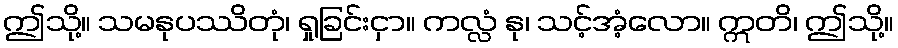
ဤသို့။ သမနုပဿိတုံ၊ ရှုခြင်းငှာ။ ကလ္လံ နု၊ သင့်အံ့လော။ ဣတိ၊ ဤသို့။